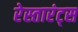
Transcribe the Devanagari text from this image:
रेस्तारंट्स